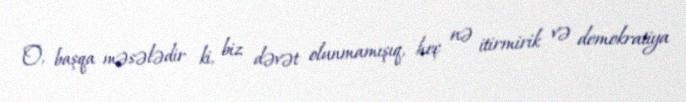
O, başqa məsələdir ki, biz dəvət olunmamışıq, heç nə itirmirik və demokratiya